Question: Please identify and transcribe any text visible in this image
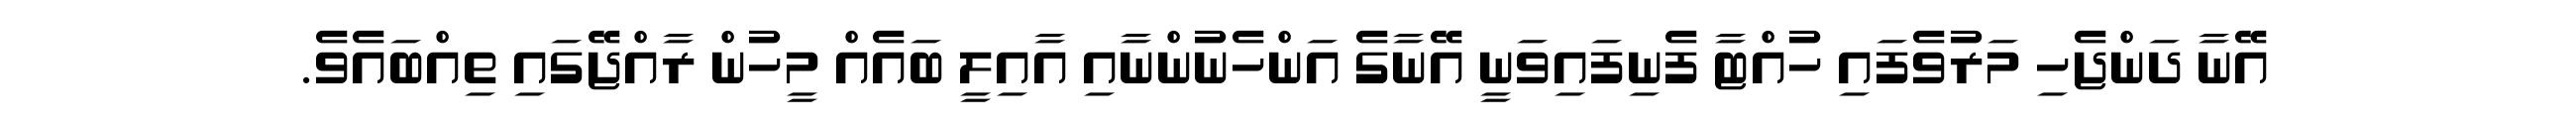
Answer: އޭނާ ދަންޖެހި މަރުވެފައި ހުއްޓާ ފެނިފައިވަނީ އޭނާގެ އަންހެނުންނާއި އާއިލީ ބައެއް މީހުން ރާއްޖޭގައި ތިއްބައެވެ.